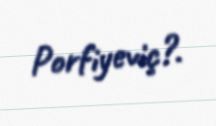
Porfiyeviç?.